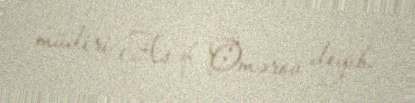
müdiri Asəf Ömərov deyib.